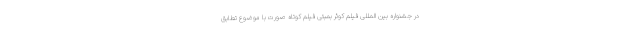
در جشنواره بین المللی فیلم کوئر بمبئی فیلم کوتاه صورت با موضوع تطابق